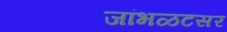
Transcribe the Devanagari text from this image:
जांभळटसर